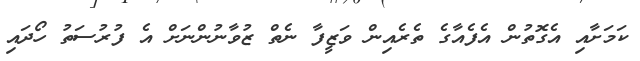
ކަމަށާއި އެގޮތުން އެފެއާގެ ތެރެއިން ވަޒީފާ ނެތް ޒުވާނުންނަށް އެ ފުރުސަތު ހޯދައި